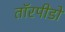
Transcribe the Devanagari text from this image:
तॉरपीडो